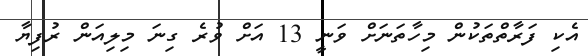
އެކި ފަރާތްތަކުން މިހާތަނަށް ވަނީ 13 އަށް ވުރެ ގިނަ މިލިއަން ރުފިޔާ